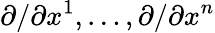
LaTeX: \partial/\partial x^{1},\ldots,\partial/\partial x^{n}